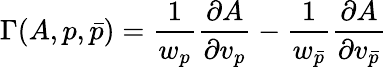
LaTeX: \Gamma(A,p,\bar{p})=\frac{1}{w_{p}}\frac{\partial A}{\partial v_{p}}-\frac{1}{w_{\bar{p}}}\frac{\partial A}{\partial v_{\bar{p}}}